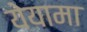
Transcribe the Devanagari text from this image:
येयामा